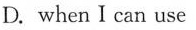
D. when I can use